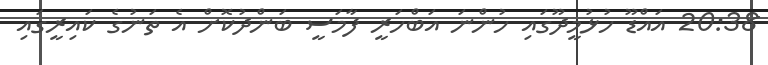
20:38 އައްޑޫ ހުޅުމީދޫގައި ހުންނަ އަބްހަރީ ފާމަސީ ބަންދުކޮށް އެ ތަނުގެ ކައިރީގައި